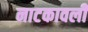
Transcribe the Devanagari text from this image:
नाटकावली